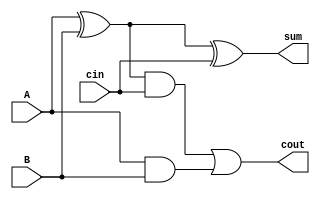
module FullAdder(A, B, cin, sum, cout);
  input A, B, cin;
  output sum, cout;
  wire e1, e2, e3;
  
  xor(e1, A, B);       // e1 = A XOR B
  xor(sum, e1, cin);   // sum = e1 XOR cin (A XOR B XOR cin)
  and(e2, e1, cin);    // e2 = e1 AND cin
  and(e3, A, B);       // e3 = A AND B
  or(cout, e2, e3);    // cout = e2 OR e3

endmodule